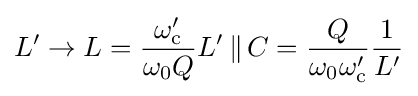
L'\to L={\frac {\omega _{\text{c}}'}{\omega _{0}Q}}L'\,\lVert \,C={\frac {Q}{\omega _{0}\omega _{\text{c}}'}}{\frac {1}{L'}}